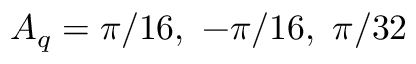
A _ { q } = { \pi } / { 1 6 } , \ - { \pi } / { 1 6 } , \ { \pi } / { 3 2 }